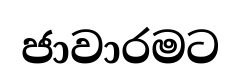
ජාවාරමට